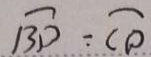
\widehat { B D } = \widehat { C D }